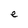
Character: e